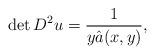
LaTeX: \begin{align*}\det D^2u = \frac{1}{y\hat{a}(x,y)}, \end{align*}